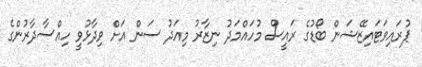
ޕުރައިވަޓައިޒޭޝަން ބޯޑުގެ ރައީސް މުހައްމަދު ނިޒާރު މިއަދު ސަން އަށް ވިދާޅުވީ ހިއްސާދާރުންގެ